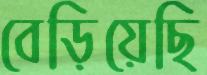
বেড়িয়েছি